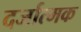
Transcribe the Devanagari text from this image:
दर्जात्मक